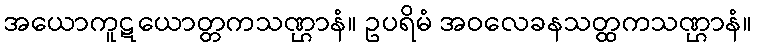
အယောကူဋယောတ္တကသဏ္ဌာနံ။ ဥပရိမံ အဝလေခနသတ္ထကသဏ္ဌာနံ။